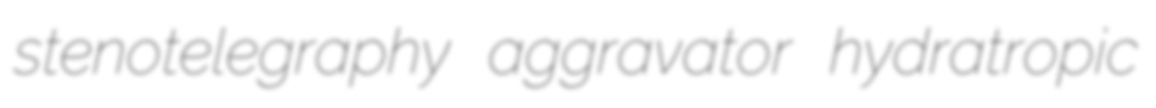
stenotelegraphy aggravator hydratropic